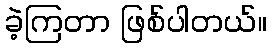
ခဲ့ကြတာ ဖြစ်ပါတယ်။